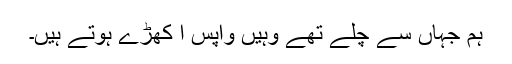
ہم جہاں سے چلے تھے وہیں واپس آ کھڑے ہوتے ہیں۔